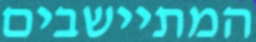
המתיישבים